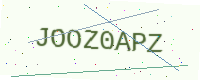
Text: JOOZ0APZ